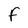
Character: f